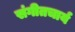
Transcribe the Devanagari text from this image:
संगीतचार्य